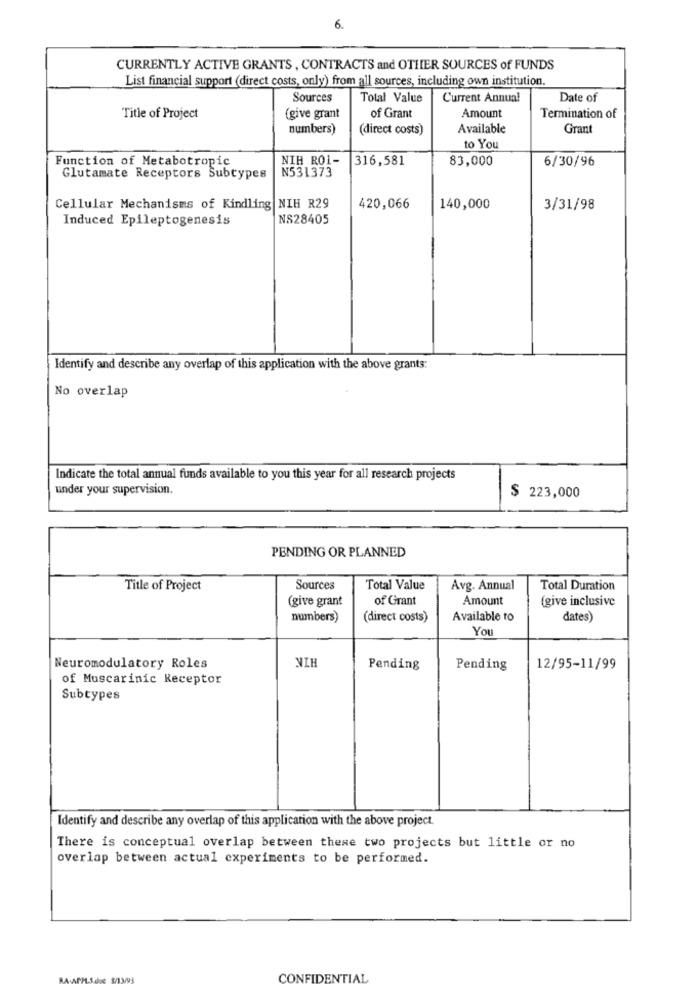
6.
CURRENTLY ACTIVE GRANTS, CONTRACTS and OTHER SOURCES of FUNDS
List financial support (direct costs, only) from all sources, including own institution.
Sources
Total Value
Current Annual
Date of
Title of Project
(give grant
of Grant
Amount
Termination of
numbers)
(direct costs)
Available
Grant
to You
Function of Metabotropic
NIH RO1-
316,581
83,000
6/30/96
N531373
Glutamate Receptors Subtypes
Cellular Mechanisms of Kindling NIH R29
420,066
140,000
3/31/98
Induced Epileptogenesis
NS28405
Identify and describe any overlap of this application with the above grants:
No overlap
Indicate the total annual funds available to you this year for all research projects
under your supervision.
$ 223,000
PENDING OR PLANNED
Title of Project
Sources
Total Value
Avg. Annual
Total Duration
(give grant
of Grant
Amount
(give inclusive
numbers)
(direct costs)
Available to
dates)
You
NIH
Neuromodulatory Roles
Pending
Pending
12/95-11/99
of Muscarinic Receptor
Subtypes
Identify and describe any overlap of this application with the above project.
There is conceptual overlap between these two projects but little or no
overlap between actual experiments to be performed.
RA-APPL-S.doc $/13/93
CONFIDENTIAL